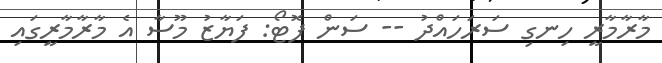
މާރާމާރީ ހިނގި ސަރަހައްދު -- ސަން ފޮޓޯ: ފަޔާޒު މޫސާ އެ މާރާމާރީގައި